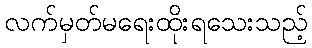
လက်မှတ်မရေးထိုးရသေးသည့်